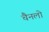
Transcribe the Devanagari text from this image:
चैनलो